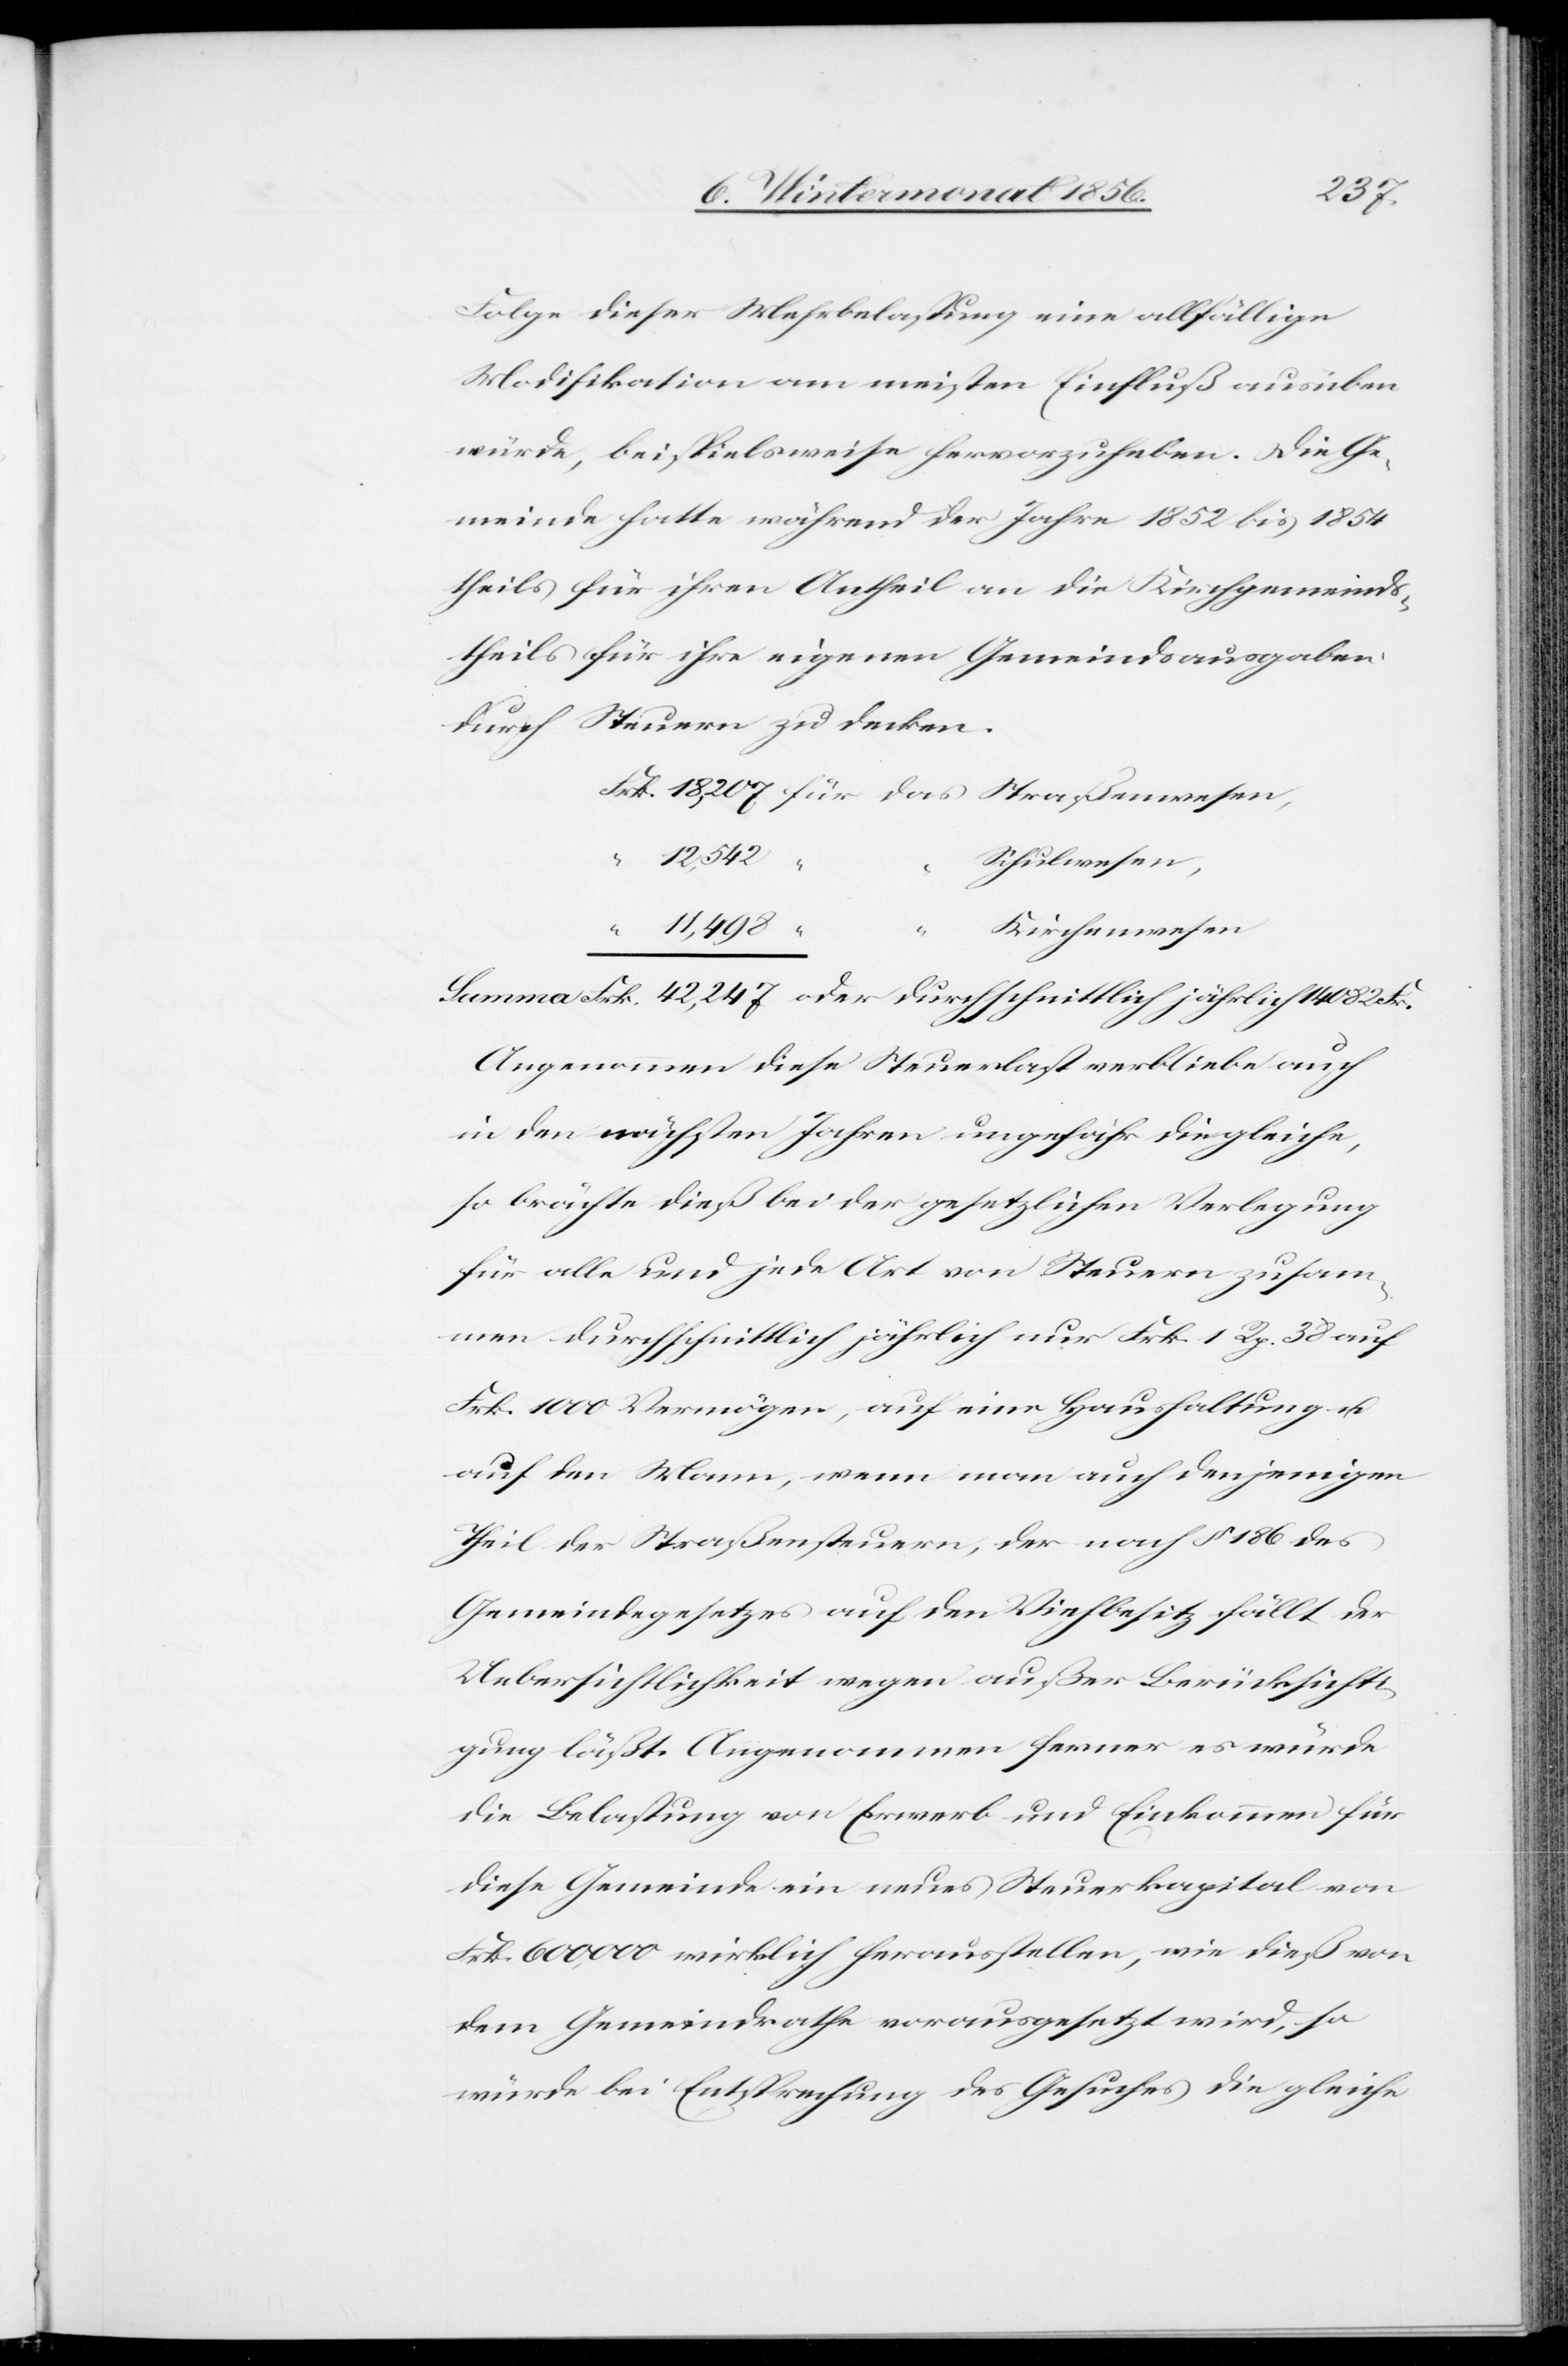
Folge dieser Mehrbelastung eine allfällige
Modifikation am meisten Einfluß ausüben
würde, beispielsweise hervorzuheben. Die Ge¬
meinde hatte während der Jahre 1852 bis 1854
theils für ihren Antheil an die Kirchgemeind¬
theils für ihre eigenen Gemeindsausgaben
durch Steuern zu decken.
12,542
“
Schulwesen,
Kirchenwesen
Summa Frk. 42,247 oder durchschnittlich jährlich 14 082 Fr.
s-[,]
Angenommen diese Steuerlast verbleibe auch
in den nächsten Jahren ungefähr die gleiche,
so brächte dieß bei der gesetzlichen Verlegung
für alle und jede Art von Steuern zusam¬
men durchschnittlich jährlich nur Frk. 1 Rp. 38 auf
Frk. 1000 Vermögen, auf eine Haushaltung u.
auf den Mann, wenn man auch denjenigen
Theil der Straßensteuern, der nach § 186 des
Gemeindegesetzes auf den Viehbesitz fällt der
Uebersichtlichkeit wegen außer Berücksichti¬
gung läßt. Angenommen ferner es würde
die Belastung von Erwerb und Einkommen für
diese Gemeinde ein neues Steuerkapital von
Frk. 600,000 wirklich herausstellen, wie dieß von
dem Gemeindrathe vorausgesetzt wird, so
würde bei Entsprechung des Gesuches die gleiche